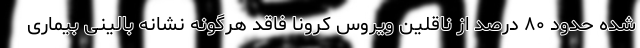
شده حدود ۸۰ درصد از ناقلین ویروس کرونا فاقد هرگونه نشانه بالینی بیماری